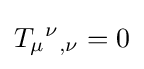
T_{\mu }{}^{\nu }{}_{,\nu }=0